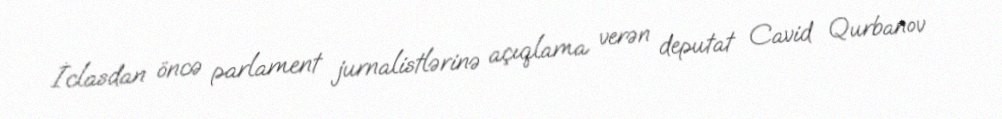
İclasdan öncə parlament jurnalistlərinə açıqlama verən deputat Cavid Qurbanov